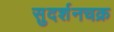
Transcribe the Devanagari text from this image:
सुदर्शनचक्र